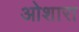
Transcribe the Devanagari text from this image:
ओशारा